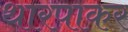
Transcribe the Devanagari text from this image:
थारपाकर